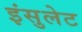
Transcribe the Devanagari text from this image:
इंसुलेट